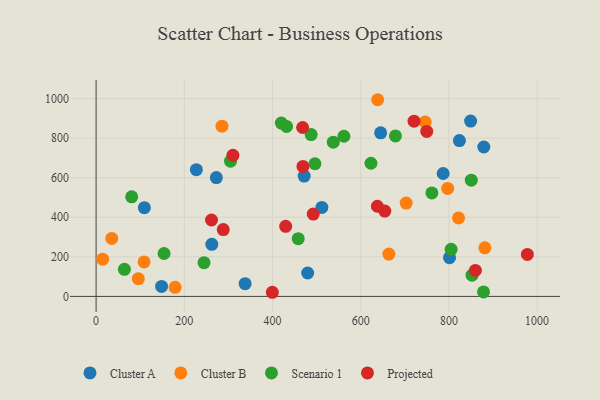
{"axis": {"x": "Experience", "y": "Sales"}, "legend": ["Cluster A", "Cluster B", "Projected", "Scenario 1"], "data": [{"x": "272.6", "y": 600.6, "type": "Cluster A"}, {"x": "801.4", "y": 195.6, "type": "Cluster A"}, {"x": "227.3", "y": 640.5, "type": "Cluster A"}, {"x": "849.2", "y": 885.6, "type": "Cluster A"}, {"x": "823.8", "y": 787.5, "type": "Cluster A"}, {"x": "471.8", "y": 608.2, "type": "Cluster A"}, {"x": "479.7", "y": 118.4, "type": "Cluster A"}, {"x": "262.4", "y": 263.1, "type": "Cluster A"}, {"x": "786.9", "y": 621.1, "type": "Cluster A"}, {"x": "148.5", "y": 50.7, "type": "Cluster A"}, {"x": "511.9", "y": 449.7, "type": "Cluster A"}, {"x": "109.4", "y": 448.1, "type": "Cluster A"}, {"x": "879.1", "y": 754.9, "type": "Cluster A"}, {"x": "337.9", "y": 64.2, "type": "Cluster A"}, {"x": "645.2", "y": 826.5, "type": "Cluster A"}, {"x": "638.4", "y": 993.7, "type": "Cluster B"}, {"x": "35.5", "y": 292.8, "type": "Cluster B"}, {"x": "179.2", "y": 46.1, "type": "Cluster B"}, {"x": "881.5", "y": 245.6, "type": "Cluster B"}, {"x": "285.5", "y": 860.3, "type": "Cluster B"}, {"x": "703.1", "y": 471.7, "type": "Cluster B"}, {"x": "663.9", "y": 214.0, "type": "Cluster B"}, {"x": "95.7", "y": 89.6, "type": "Cluster B"}, {"x": "797.2", "y": 545.4, "type": "Cluster B"}, {"x": "821.8", "y": 396.7, "type": "Cluster B"}, {"x": "108.8", "y": 174.4, "type": "Cluster B"}, {"x": "14.8", "y": 188.0, "type": "Cluster B"}, {"x": "746.1", "y": 881.0, "type": "Cluster B"}, {"x": "431.8", "y": 858.8, "type": "Scenario 1"}, {"x": "623.3", "y": 672.8, "type": "Scenario 1"}, {"x": "850.7", "y": 587.4, "type": "Scenario 1"}, {"x": "244.7", "y": 170.2, "type": "Scenario 1"}, {"x": "458.3", "y": 291.5, "type": "Scenario 1"}, {"x": "487.6", "y": 817.8, "type": "Scenario 1"}, {"x": "64.2", "y": 136.8, "type": "Scenario 1"}, {"x": "678.8", "y": 810.7, "type": "Scenario 1"}, {"x": "420.1", "y": 875.8, "type": "Scenario 1"}, {"x": "561.9", "y": 809.2, "type": "Scenario 1"}, {"x": "852.4", "y": 107.2, "type": "Scenario 1"}, {"x": "761.4", "y": 522.8, "type": "Scenario 1"}, {"x": "304.8", "y": 683.2, "type": "Scenario 1"}, {"x": "496.2", "y": 670.2, "type": "Scenario 1"}, {"x": "878.5", "y": 22.9, "type": "Scenario 1"}, {"x": "154.1", "y": 216.8, "type": "Scenario 1"}, {"x": "805.0", "y": 237.9, "type": "Scenario 1"}, {"x": "537.8", "y": 779.2, "type": "Scenario 1"}, {"x": "80.7", "y": 503.0, "type": "Scenario 1"}, {"x": "654.6", "y": 431.3, "type": "Projected"}, {"x": "261.7", "y": 386.1, "type": "Projected"}, {"x": "749.7", "y": 833.7, "type": "Projected"}, {"x": "468.3", "y": 853.5, "type": "Projected"}, {"x": "637.8", "y": 455.5, "type": "Projected"}, {"x": "860.0", "y": 131.3, "type": "Projected"}, {"x": "310.2", "y": 712.9, "type": "Projected"}, {"x": "469.1", "y": 656.7, "type": "Projected"}, {"x": "977.9", "y": 212.3, "type": "Projected"}, {"x": "492.4", "y": 416.1, "type": "Projected"}, {"x": "429.8", "y": 354.1, "type": "Projected"}, {"x": "720.9", "y": 885.3, "type": "Projected"}, {"x": "288.3", "y": 337.7, "type": "Projected"}, {"x": "399.6", "y": 20.9, "type": "Projected"}]}